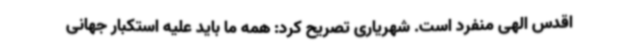
اقدس الهی منفرد است. شهریاری تصریح کرد: همه ما باید علیه استکبار جهانی